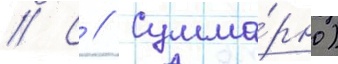
// С // Сумма́рно)